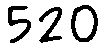
520